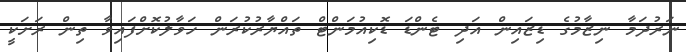
ނަރުދަމާ ނިޒާމުގެ ޑިޒައިން އަދި ޓެންޑަ ޑޮކިއުމަންޓް ތައްޔާރުކުރަން ހަވާލުކޮށްފައިވާ ތިން ރަށަކީ